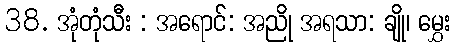
38. အုံတုံသီး : အရောင်: အညို အရသာ: ချို၊ မွှေး